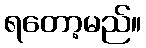
ရတော့မည်။